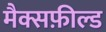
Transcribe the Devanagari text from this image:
मैक्सफ़ील्ड